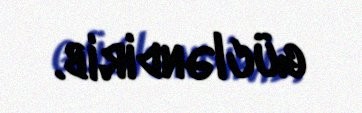
gücləndirib.